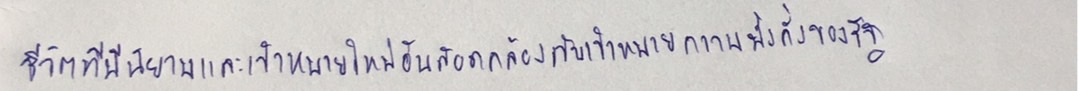
ชีวิตที่มีนิยามและเป้าหมายใหม่อันสอดคล้องกับเป้าหมายความมั่งคั่งของรัฐ